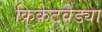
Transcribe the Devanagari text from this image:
क्रिकेटवेड्या